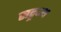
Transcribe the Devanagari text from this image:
सद्ग्रन्थ